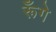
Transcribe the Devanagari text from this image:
रूँगे